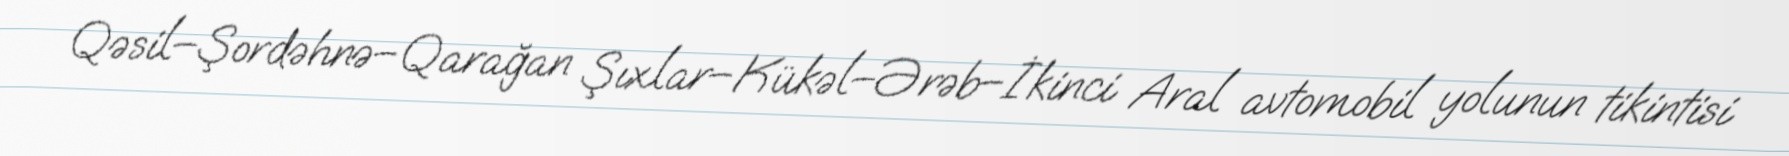
Qəsil–Şordəhnə–Qarağan Şıxlar–Kükəl–Ərəb–İkinci Aral avtomobil yolunun tikintisi